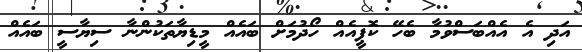
އަދި އެ އެއްބަސްވުމާ ބެހޭ ކޮޕީއެއް ހޯދުމަށް ބައެއް މީޑިޔާތަކުންނާ ސިޔާސީ ބައެއް